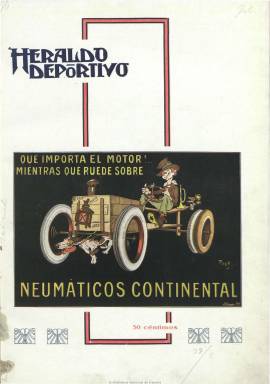
Título: Heraldo deportivo (Madrid)
Colección: Deportes
Ámbito geográfico: Madrid
Lugar de publicación: Madrid
Fechas: 01/06/1915-25/12/1935

Revista decenal (aparecía los días 5, 15 y 25 de cada mes) especializada en deportes, que empieza a publicarse en junio de 1915, fundada y dirigida por uno de los periodistas deportivos más rigurosos de la época, Ricardo Ruiz Ferry (1879-1956), quien ya había trabajado para El heraldo de Madrid, y después lo hará también para El imparcial y El sol, escribiendo una página semanal deportiva para este último diario. Ruiz Ferry llegará a ser miembro del primer Comité Olímpico español y estuvo estrechamente ligado a instituciones y sociedades deportivas, como el Real Aero Club de España, del que será su presidente. Inserta reportajes, crónicas y noticias de todo género de deportes, escritas de forma amena por periodistas especializados: fútbol, hípica, lucha, colombofilia, esgrima, tenis, tiro de pichón, natación, automovilismo, motorismo, aviación, atletismo, hockey, vela, golf, etc.

Es una publicación muy ilustrada con fotografías, además de dibujos y algunos planos, algunas de ellas aéreas sobre algunas ciudades, siendo también interesantes las instantáneas de competiciones como las automovilísticas en las que se pueden observar algunas de las entonces carreteras españolas. Junto a otros reportajes sobre montañismo, también publica otros de carácter turístico con profusión de fotografías, actividad que su director la entendía como una actividad deportiva más.

Se interesa también sobre la educación física en los centros educativos y sus tesis representaban la “opinión purista” del deporte y la cultura física, mostrándose su director y propietario contrario al mercantilismo profesional que alcanza al fútbol y el boxeo, frente a la opción “popular” y el reconocimiento del éxito deportivo como un hecho de masas que llegó a mantener Gran vida (1903-1936), la otra gran revista madrileña de la época de este mismo carácter.

Aparece en entregas de doce páginas, que más tarde llegará a ampliar hasta las dieciséis. El 25 de diciembre de 1923 publica un número de 62 páginas dedicado a los Juegos Olímpicos de 1924. Estuvo apareciendo ininterrumpidamente más de veinte años y llegó a alcanzar un gran prestigio, siendo el número 742 el último de la colección, correspondiente al 25 de diciembre de 1935.